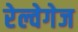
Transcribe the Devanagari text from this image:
रेल्वेगेज